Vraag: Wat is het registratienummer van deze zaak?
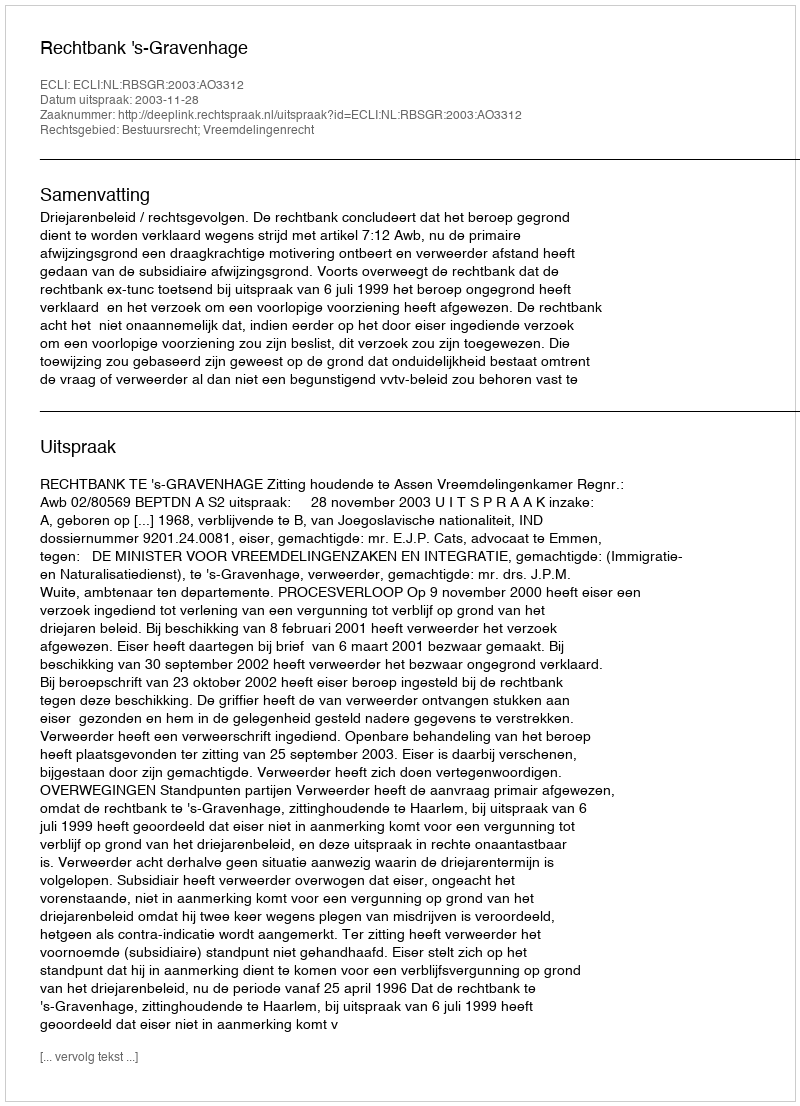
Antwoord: http://deeplink.rechtspraak.nl/uitspraak?id=ECLI:NL:RBSGR:2003:AO3312